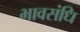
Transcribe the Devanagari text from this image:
भावसंधि